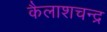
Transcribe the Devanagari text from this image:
कैलाशचन्द्र